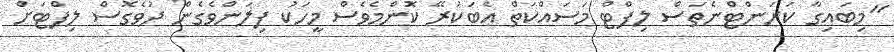
"މިބައިގާ ކަރަންޓްނެތަސް ލިފްޓް މަސައްކަތް އެބަކުރޭ ކޮންމެވެސް މީހަކު ފިލަންވެގެން ދުވެގޮސް ލިފްޓަށް